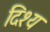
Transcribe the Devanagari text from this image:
दिश्य